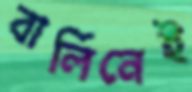
বার্লিনেই